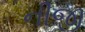
નીજી